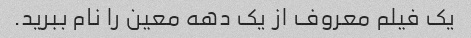
یک فیلم معروف از یک دهه معین را نام ببرید.